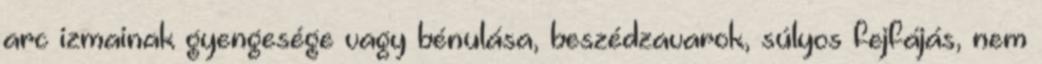
arc izmainak gyengesége vagy bénulása, beszédzavarok, súlyos fejfájás, nem